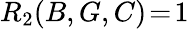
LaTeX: R_{2}(B,G,C)\! =\! 1